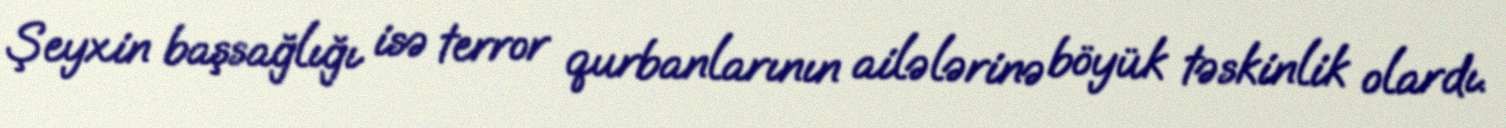
Şeyxin başsağlığı isə terror qurbanlarının ailələrinə böyük təskinlik olardı.